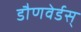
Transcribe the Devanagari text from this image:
डौणवेर्डस्